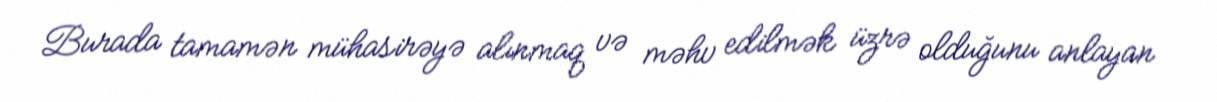
Burada tamamən mühasirəyə alınmaq və məhv edilmək üzrə olduğunu anlayan